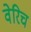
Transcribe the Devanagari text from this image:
वेरिच